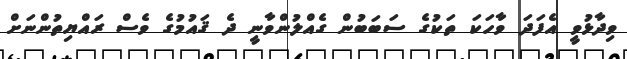
ވިދާޅުވީ އެފަދަ ވާހަކަ ތަކުގެ ސަބަބުން ގެއްލުންވާނީ ދެ ޤައުމުގެ ވެސް ރައްޔިތުންނަށް